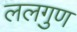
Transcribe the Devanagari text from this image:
ललगुण